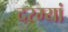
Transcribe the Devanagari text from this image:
दरम्यां